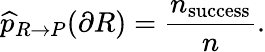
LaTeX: \widehat{p}_{R\rightarrow P}(\partial R)=\frac{n_{\mathrm{success}}}{n}.